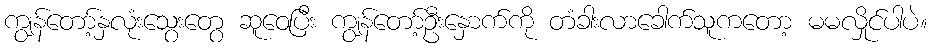
ကျွန်တော့်နှလုံးသွေးတွေ ဆူဝေပြီး ကျွန်တော့်ဦးနှောက်ကို တံခါးလာခေါက်သူကတော့ မမလှိုင်ပါပဲ။